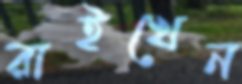
রাইখেন